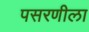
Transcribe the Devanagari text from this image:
पसरणीला